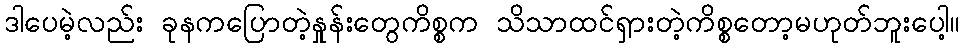
ဒါပေမဲ့လည်း ခုနကပြောတဲ့နှုန်းတွေကိစ္စက သိသာထင်ရှားတဲ့ကိစ္စတော့မဟုတ်ဘူးပေါ့။